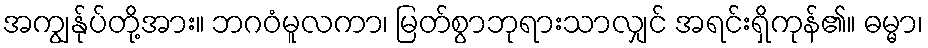
အကျွန်ုပ်တို့အား။ ဘဂဝံမူလကာ၊ မြတ်စွာဘုရားသာလျှင် အရင်းရှိကုန်၏။ ဓမ္မာ၊